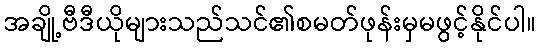
အချို့ဗီဒီယိုများသည်သင်၏စမတ်ဖုန်းမှမဖွင့်နိုင်ပါ။